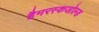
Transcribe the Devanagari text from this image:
हैमरस्कजोल्ड